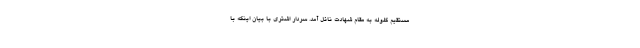
مستقیم گلوله به مقام شهادت نائل آمد. سردار اشتری با بیان اینکه با